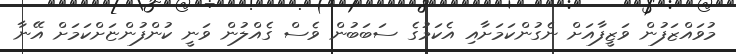
މުވައްޒަފުން ވަޒީފާއަށް ނެގުންކަމަށާއި އެކަމުގެ ސަބަބުން ވެސް ގެއްލުން ވަނީ ކުންފުންޏަށްކަމަށް އޭނާ